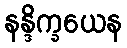
နန္ဒိက္ခယေန